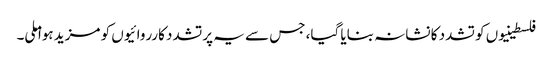
فلسطینیوں کو تشدد کا نشانہ بنایا گیا، جس سے یہ پرتشدد کارروائیوں کو مزید ہوا ملی۔